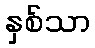
နှစ်သာ